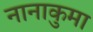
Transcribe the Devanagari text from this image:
नानाकुमा